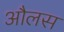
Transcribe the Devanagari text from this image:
औलस